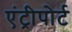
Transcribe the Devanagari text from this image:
एंट्रीपोर्ट